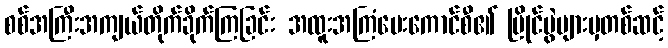
စစ်အကြီးအကျယ်တိုက်ခိုက်ကြခြင်း အထူးအကြံပေးကောင်စီ၏ ပြိုင်ပွဲများမှတစ်ဆင့်